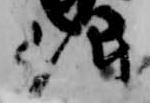
仰